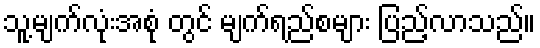
သူ့မျက်လုံးအစုံ တွင် မျက်ရည်စများ ပြည့်လာသည်။